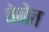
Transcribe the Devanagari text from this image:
बेनेत